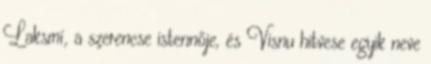
Laksmí, a szerencse istennője, és Visnu hitvese egyik neve